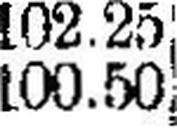
100.50